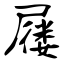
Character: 屦